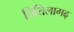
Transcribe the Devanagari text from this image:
तितिलागढ़